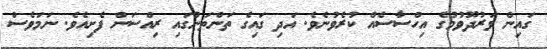
ގައިން ވަރުދޫވުމުގެ އިހްސާސެއް ކުރެވުނެވެ. އަދި ގައިގެ ތަންތަނުގައި ރިއްސަން ފެށިއެވެ. ނަމަވެސް